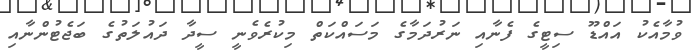
ވުމާއެކު އައްޑޫ ސިޓީގެ ފެނާއި ނަރުދަމާގެ މަސައްކަތް މިކުރެވެނީ ސީދާ ދައުލަތުގެ ބަޖެޓުންނާއި